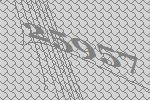
25957